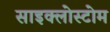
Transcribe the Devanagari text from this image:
साइक्लोस्टोम